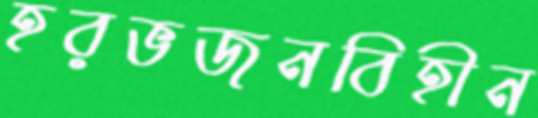
হরভজনবিহীন